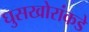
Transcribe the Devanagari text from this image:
घुसखोरांकडे